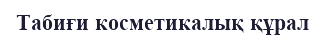
Табиғи косметикалық құрал